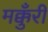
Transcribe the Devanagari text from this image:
मक्कुँरी